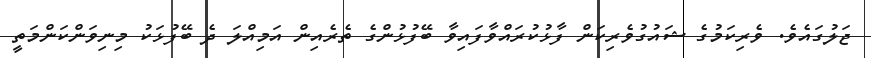
ޖަލުގައެވެ. ވެރިކަމުގެ ޝައުގުވެރިކަން ފާޅުކުރައްވާފައިވާ ބޭފުޅުންގެ ތެރެއިން އަމިއްލަ ދެ ބޭފުޅަކު މިނިވަންކަންމަތީ